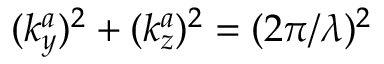
( k _ { y } ^ { a } ) ^ { 2 } + ( k _ { z } ^ { a } ) ^ { 2 } = ( 2 \pi / \lambda ) ^ { 2 }